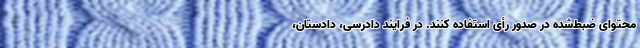
محتوای ضبط‌شده در صدور رأی استفاده کنند. در فرایند دادرسی، دادستان،